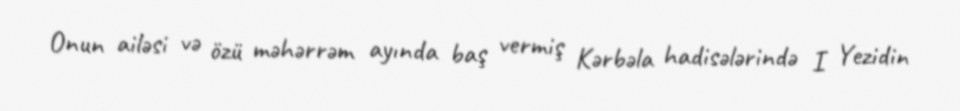
Onun ailəsi və özü məhərrəm ayında baş vermiş Kərbəla hadisələrində I Yezidin